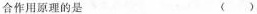
合作用原理的是 ()